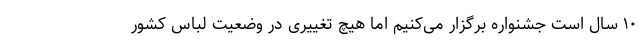
۱۰ سال است جشنواره برگزار می‌کنیم اما هیچ تغییری در وضعیت لباس کشور